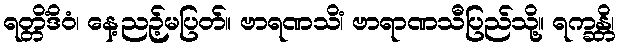
ရတ္တိံဒိဝံ၊ နေ့ညဉ့်မပြတ်။ ဗာရဏသိံ၊ ဗာရာဏသီပြည်သို့။ ရက္ခန္တိ၊